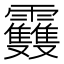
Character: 𩇈